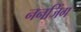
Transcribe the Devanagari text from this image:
ननजिंग